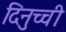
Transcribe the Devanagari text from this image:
दिनुच्ची